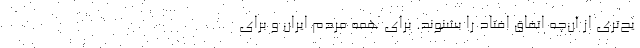
یح‌تری از آن‌چه اتفاق افتاد را بشنوند. برای همه مردم ایران و برای